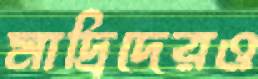
মাদ্রিদেরও